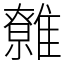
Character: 䨅